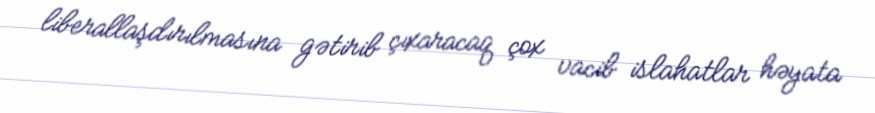
liberallaşdırılmasına gətirib çıxaracaq çox vacib islahatlar həyata